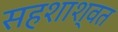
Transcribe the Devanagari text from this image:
सहशाश्वत